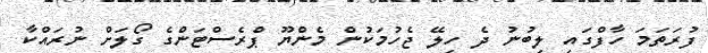
ފުރަތަމަ ހާފްގައި ލިބުނު ދެ ހިލޭ ޖެހުމަކުން މެންޔޫ ޕްރެސްޓަންގެ ގޯލަށް ނުރައްކާ